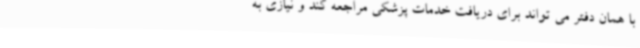
با همان دفتر می تواند برای دریافت خدمات پزشکی مراجعه کند و نیازی به